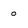
Character: 0